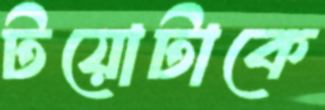
টয়োটাকে